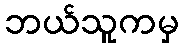
ဘယ်သူကမှ